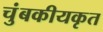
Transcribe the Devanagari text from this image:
चुंबकीयकृत